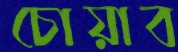
চোয়াব